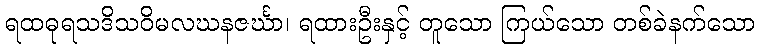
ရထဓုရသဒိသဝိမလဃနဇင်္ဃာ၊ ရထားဦးနှင့် တူသော ကြယ်သော တစ်ခဲနက်သော